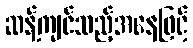
ဆန့်ကျင်သည့်အနေဖြင့်